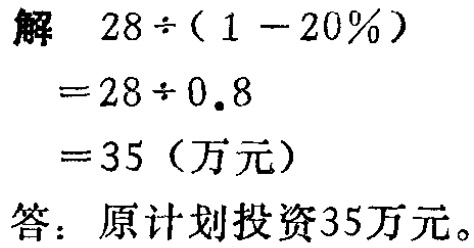
解 \(28\div(1 - 20\%)\)

\(=28\div0.8\)

\(=35\)（万元）

答：原计划投资35万元。